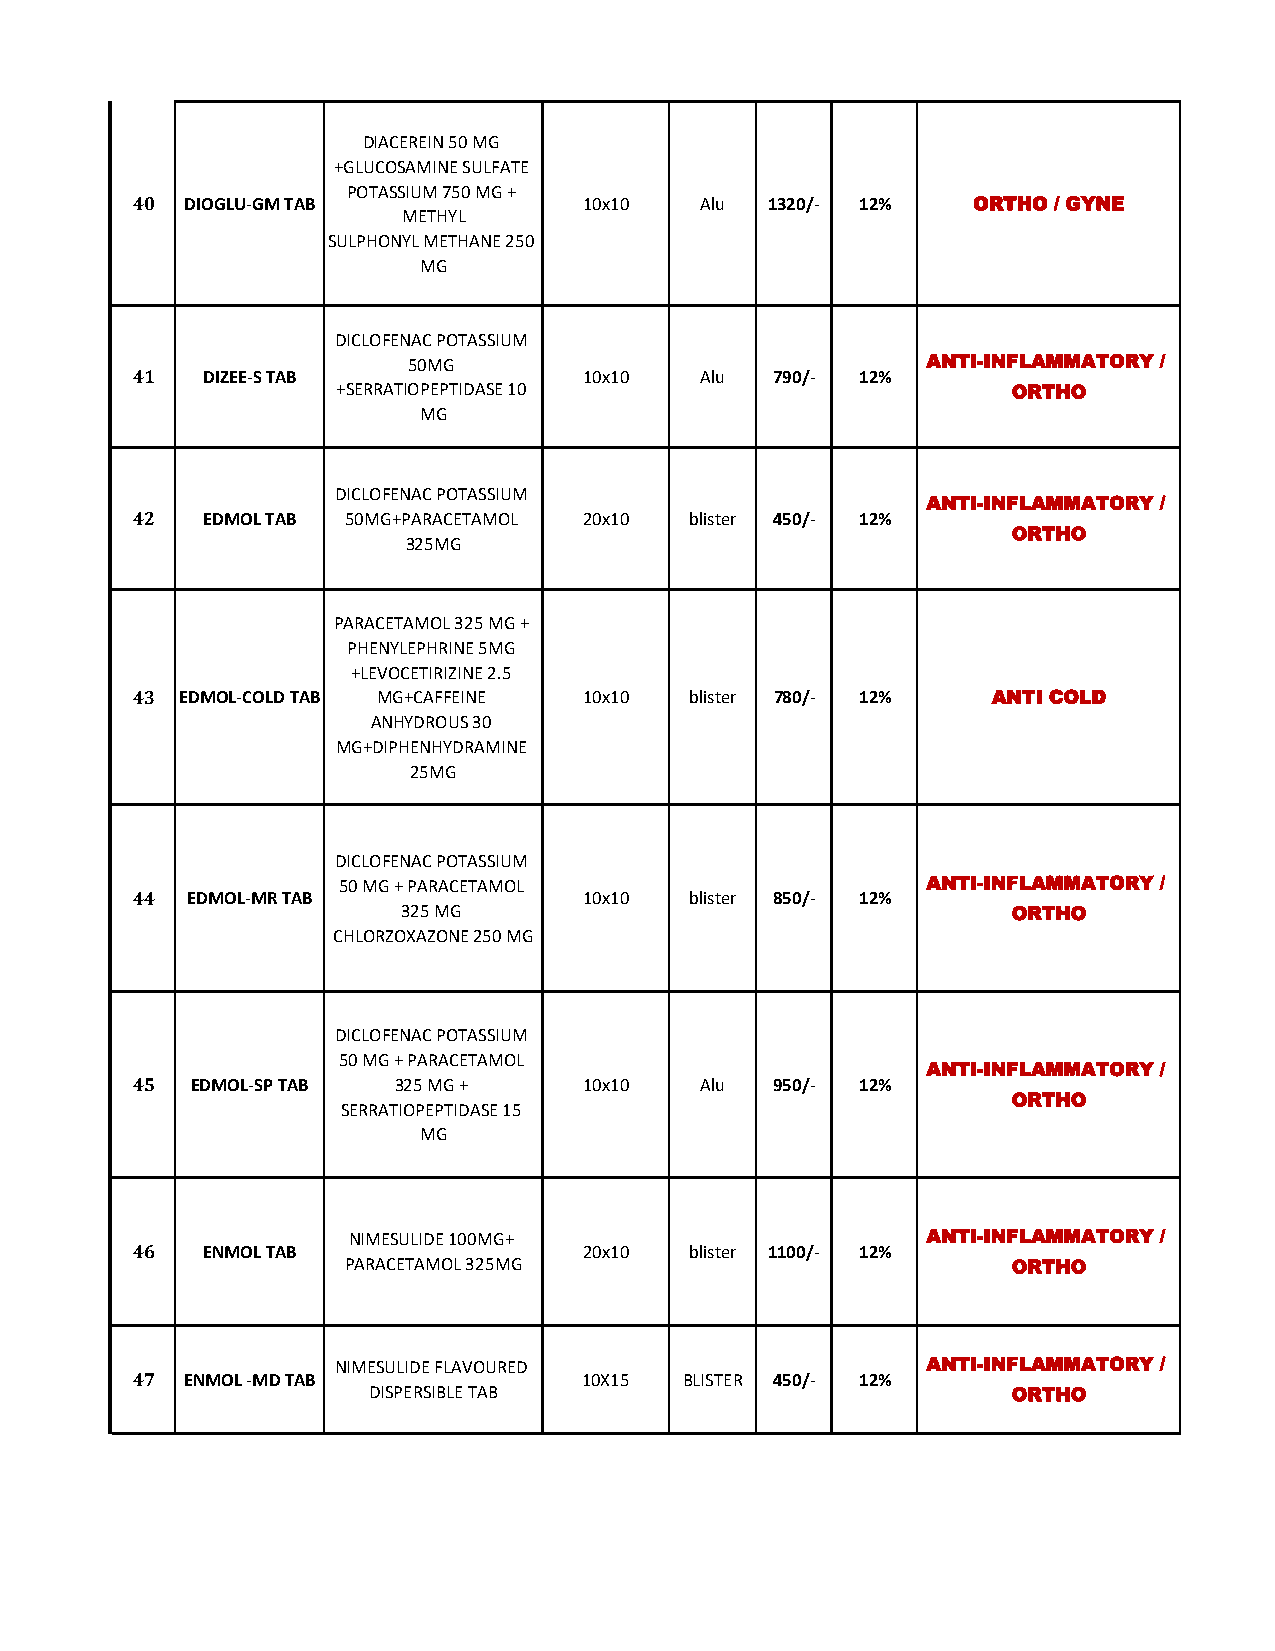
DIACEREIN 50 MG
 +GLUCOSAMINE SULFATE
 POTASSIUM 750 MG +
 40 DIOGLU-GM TAB              10x10  Alu  1320/- 12%   ORTHO / GYNE
 METHYL
 SULPHONYL METHANE 250
 MG
 DICLOFENAC POTASSIUM
 50MG                              ANTI-INFLAMMATORY /
 41  DIZEE-S TAB               10x10  Alu  790/- 12%
 +SERRATIOPEPTIDASE 10                        ORTHO
 MG
 DICLOFENAC POTASSIUM
 ANTI-INFLAMMATORY /
 42  EDMOL TAB 50MG+PARACETAMOL 20x10 blister 450/- 12%
 ORTHO
 325MG
 PARACETAMOL 325 MG +
 PHENYLEPHRINE 5MG
 +LEVOCETIRIZINE 2.5
 43 EDMOL-COLD TAB MG+CAFFEINE 10x10  blister 780/- 12%   ANTI COLD
 ANHYDROUS 30
 MG+DIPHENHYDRAMINE
 25MG
 DICLOFENAC POTASSIUM
 50 MG + PARACETAMOL                    ANTI-INFLAMMATORY /
 44 EDMOL-MR TAB               10x10  blister 850/- 12%
 325 MG                                  ORTHO
 CHLORZOXAZONE 250 MG
 DICLOFENAC POTASSIUM
 50 MG + PARACETAMOL
 ANTI-INFLAMMATORY /
 45  EDMOL-SP TAB 325 MG +     10x10  Alu  950/- 12%
 ORTHO
 SERRATIOPEPTIDASE 15
 MG
 NIMESULIDE 100MG+                     ANTI-INFLAMMATORY /
 46  ENMOL TAB                 20x10  blister 1100/- 12%
 PARACETAMOL 325MG                           ORTHO
 NIMESULIDE FLAVOURED                   ANTI-INFLAMMATORY /
 47 ENMOL -MD TAB              10X15 BLISTER 450/- 12%
 DISPERSIBLE TAB                            ORTHO